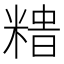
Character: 𥻍